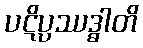
ပဋိပ္ပဿဒ္ဓါတိ